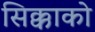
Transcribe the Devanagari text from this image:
सिक्काको